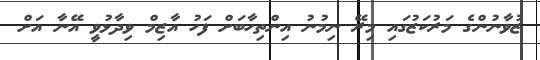
ޒުވާނުންގެ މަރުކަޒުގައި މިރޭ ނިމުނު އިންތިހާބަށް ފަހު އާޒިމް ވިދާޅުވީ އޭނާ އަށް